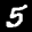
Label: 5